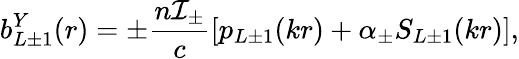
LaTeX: b_{L\pm 1}^{Y}(r)=\pm\frac{n{\cal I}_{\pm}}{c}\left[p_{L\pm 1}(kr)+\alpha_{\pm}S_{L\pm 1}(kr)\right],